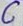
Text: C